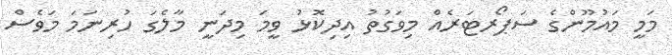
މަމީ މައުމޫންގެ ސަޕޯރޓަރެއް މިވަގުތު އިދިކޮޅު ވީމަ މިދަނީ މާލެގަ ހުރިނަމަ މަވެސް